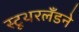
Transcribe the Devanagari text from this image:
स्टूथरलँडने